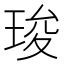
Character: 㻐